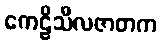
ကေဠိသီလဇာတက